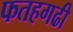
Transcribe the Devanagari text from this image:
फतहगढी